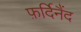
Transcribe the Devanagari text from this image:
फ़र्दिनैंद